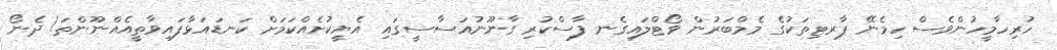
ހުރިހާމީހުންވެސް ހިމެނޭ ޕާރޓިތަކުގެ މެމްބަރުން ވޯޓްލައިގެނ ފާސްކުރި ގާނޫނުއަސާސީގައި އެޔީކުށެއްކަމަށް ކަނޑައަޅާފައިވާތީއެއްނޫންތަ! ދެނޯ